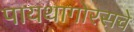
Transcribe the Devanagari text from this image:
पायथागोरसचे